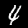
Digit: 4